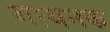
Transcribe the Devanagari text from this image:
गायनक